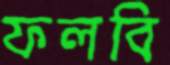
ফলবি